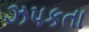
ઝપકતા